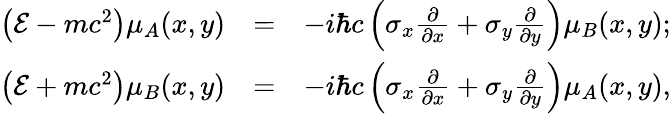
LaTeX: \begin{array}{rlr}{\left(\mathcal{E}-mc^{2}\right)\mu_{A}(x,y)}&{=}&{-i\hbar c\left(\sigma_{x}\frac{\partial}{\partial x}+\sigma_{y}\frac{\partial}{\partial y}\right)\mu_{B}(x,y);}\\ {\left(\mathcal{E}+mc^{2}\right)\mu_{B}(x,y)}&{=}&{-i\hbar c\left(\sigma_{x}\frac{\partial}{\partial x}+\sigma_{y}\frac{\partial}{\partial y}\right)\mu_{A}(x,y),}\end{array}